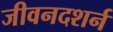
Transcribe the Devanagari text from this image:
जीवनदशर्न